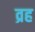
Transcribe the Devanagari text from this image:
व्रह